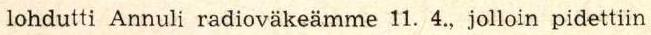
lohdutti Annuli radioväkeämme 11. 4., jolloin pidettiin